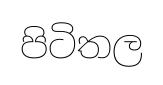
පිටිතල